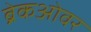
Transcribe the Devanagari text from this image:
ब्रेकओवर